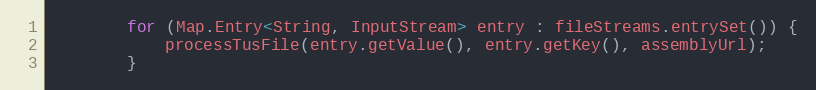
Language: Java
        for (Map.Entry<String, InputStream> entry : fileStreams.entrySet()) {
            processTusFile(entry.getValue(), entry.getKey(), assemblyUrl);
        }